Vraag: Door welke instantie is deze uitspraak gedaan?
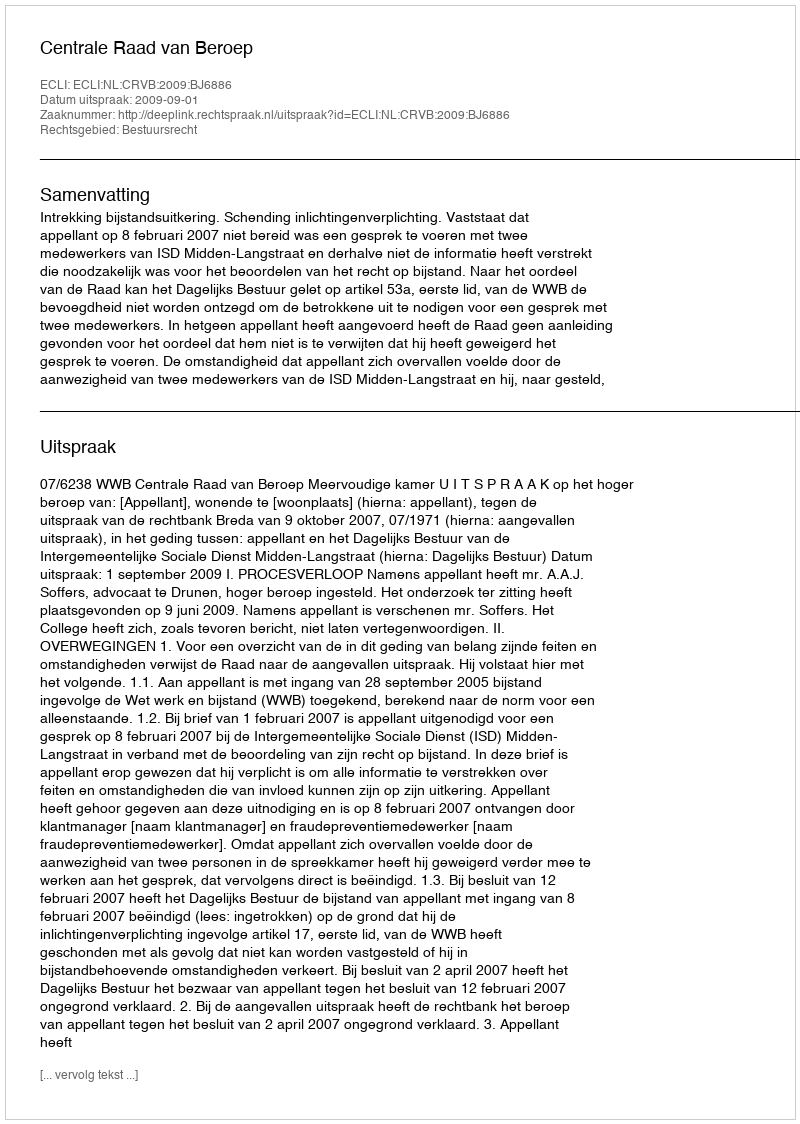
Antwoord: Centrale Raad van Beroep